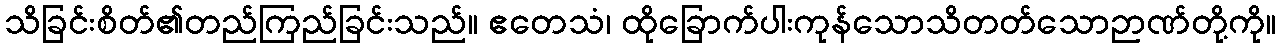
သိခြင်းစိတ်၏တည်ကြည်ခြင်းသည်။ ဧတေသံ၊ ထိုခြောက်ပါးကုန်သောသိတတ်သောဉာဏ်တို့ကို။